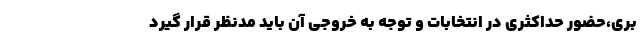
بری،حضور حداکثری در انتخابات و توجه به خروجی آن باید مدنظر قرار گیرد